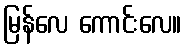
မြန်လေ ကောင်းလေ။